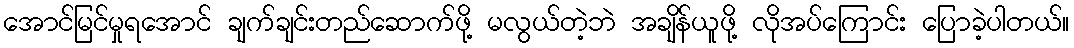
အောင်မြင်မှုရအောင် ချက်ချင်းတည်ဆောက်ဖို့ မလွယ်တဲ့ဘဲ အချိန်ယူဖို့ လိုအပ်ကြောင်း ပြောခဲ့ပါတယ်။